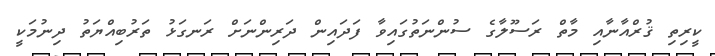
ކީރިތި ޤުރްއާނާއި މާތް ރަސޫލާގެ ސުންނަތުގައިވާ ފަދައިން ދަރިންނަށް ރަނގަޅު ތަރުބިއްޔަތު ދިނުމަކީ